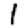
Digit: 1